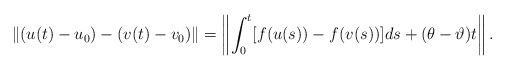
\begin{align*}\|(u(t)-u_{0})-(v(t)-v_{0})\|=\left\|\int_{0}^{t}[f(u(s))-f(v(s))]d s+(\theta-\vartheta) t\right\|.\end{align*}